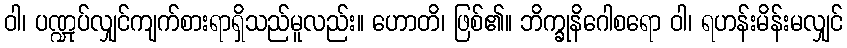
ဝါ၊ ပဏ္ဍုပ်လျှင်ကျက်စားရာရှိသည်မူလည်း။ ဟောတိ၊ ဖြစ်၏။ ဘိက္ခုနိဂေါစရော ဝါ၊ ရဟန်းမိန်းမလျှင်